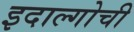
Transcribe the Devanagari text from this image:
इदाल्गोची